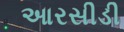
આરસીડી